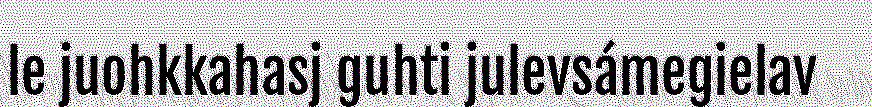
le juohkkahasj guhti julevsámegielav